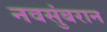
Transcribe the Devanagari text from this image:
नवसुंबरान